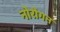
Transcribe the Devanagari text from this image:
नोरोगन